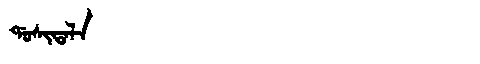
Manchu: ᡩᠣᠰᡳᡨᠠᠯᠠ
Romanization: DOSITALA